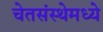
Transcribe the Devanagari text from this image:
चेतसंस्थेमध्ये